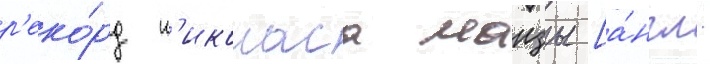
р'еко́рд н'иколаса манзы [а́нгл.